Calcutta medical institutions reports 1871-78
Year: 1871
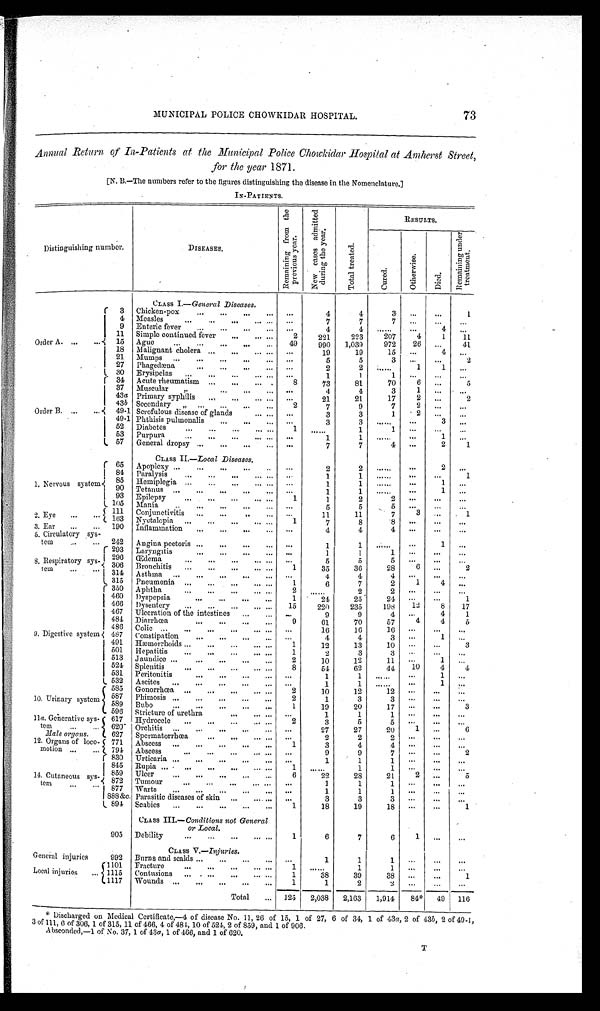
73
MUNICIPAL POLICE CHOWKIDAR HOSPITAL.
Annual Return of In-Patients at the Municipal Police Chowkidar Hospital at Amherst Street,
for the year 1871.
[N. B.—The numbers refer to the figures distinguishing the disease in the Nomenclature.]
IN-PATIENTS.
Distinguishing number.
DISEASES.
R e m a i n i n g f r o m t h e
p r e v i o u s y e a r .
N e w c a s e s a d mi t t e d
d u r i n g t h e y e a r .
T o t a l t r e a t e d .
RESULTS.
C u r e d .
O t h e r w i s e .
D i e d .
R e m a i n i n g u n d e r
t r e a t m e n t .
CLASS I.—General Diseases.
4
3
... ...
4
1
Order A. ... ...
3 Chicken-pox
... ... ... ... ...
4 Measles
... ... ... ...
...
...
7
7
7
... ... ...
9 Enteric fever
...
...
...
... ...
4
4
... ... ...
4
...
11 Simple continued fever
...
... ...
2
221
223
207
4
1
11
972
15 Ague
... ... ... ... ...
49
990
1,039
26
...
41
18 Malignant cholera
... ...
... ...
...
19
19
15
...
4
...
21 Mumps
...
...
...
...
...
...
5
5
3
... ...
2
27 Phagedæna
... ... ... ... ...
2
2
...
1
1
...
30 Erysipelas ...
...
...
... ...
...
1
1
1
... ... ...
70
Order B. ...
...
34 Acute rheumatism ...
...
... .
8
73
81
6
...
5
37 Muscular
,. ...
... ... ...
4
4
3
1
...
...
2
43a Primary syphilis
... ... ...
...
...
21
21
17
...
2
2
43b Secondary
„ ...
... ...
2
7
9
7
.
... ...
2
49-1 Scrofulous disease of glands
... ... ...
3
3
1
... ...
3
...
49-1 Phthisis pulmonalis
...
...
... ...
3
3
... ...
52 Diabetes
... ... ... ... ...
1
...
1
1
... ... ...
53 Purpura
... ... ... ... ... ...
1
1
... ...
1
...
57 General dropsy ...
...
...
...
... ...
7
7
4
...
2
1
CLASS 11.—Local Diseases.
1. Nervous system
65 Apoplexy ...
...
... ...
..
...
2
2
... ... ...
...
84 Paralysis
...
...
...
... ...
...
1
1
... ... ... ...
1
85
Hemiplegia ...
...
... ... ... ...
1
1
... ... ...
1
...
90 Tetanus
...
...
... ... ... ...
1
1
... ... ...
1
...
93 Epilepsy
...
...
...
... ...
1
1
2
2
... ... ...
105 Mania
..
... ... ..
.
... ...
5
5
5
... ... ...
3
5
2. Eye ...
...
111 Conjunctivitis ...
...
. .
... ...
11
11
7
...
1
103 Nyetalopia ...
...
...
...
...
1
7
8
3. Ear
...
... 190 inflammation
...
...
...
...
...
4
4
4
... ... ...
5. Circulatory sys-
tem
...
... 242 Angina pectoris ...
...
...
...
...
1
1
... ... ...
1
...
8 . R e s p i r a t o r s y s - t e m
293 Laryngitis
...
...
... ... ...
1
1
1
... ... ...
296 Œdema
... ... ... ... ... ...
5
5
5
... ... ...
306 Bronchitis
... ...
...
... ...
1
35
36
28
6
...
2
314 Asthma ...
...
... ... ... ...
4
4
4
... ... ...
315 Pneumonia ...
...
...
...
...
1
6
7
2
1
4
...
9. Digestive system
350 Aphtha
... ... ... ... ...
2
... ...
2
2
... ... ...
460 Dyspepsia
...
...
...
...
1
24
25
2 4
... ...
1
466 Dysentery
... ...
... ... ...
1 5
220
235
198
12
8
17
467 Ulceration of the intestines
...
... ...
9
9
4
...
4
1
484 Diarrhœa
...
...
... ...
9
61
70
57
4
4
5
486 Colic ...
...
...
... ... ... ...
16
16
1 6
... ... ...
487 Constipation
...
...
...
...
...
4
4
3
...
1 ...
491
H æ m o r r h o i d s
... ... ... ... ...
1
12
13
10
... ...
3
501 Hepatitis
...
...
...
... ...
1
2
3
3
... ... ...
513 Jaundice ...
...
...
... ...
2
10
12
11
...
1
...
524 Splenitis
... ... ... ... ...
8
54
62
44
10
4
4
531 Peritonitis
...
...
...
... ...
1
1
... ...
1
...
532 Ascites ...
...
...
...
...
...
1
1
... ... ...
1
...
10.Urinary system
585 Gonorrhœa
... ... ... ...
...
2
10
12
1 2
... ... ...
587
p h i m o s i s . . .
..
...
...
...
2
1
3
3
... ... ...
3
589
Bobo
... ... ... ... ...
1
10
20
596 Stricture of urethra
... ..
.
...
...
1
1
11a. Generative
system ...
...
617 Hydrocele
. . . . . . . . . . . . . . .
2
3
5
5
..
.
..
.
...
6
620 Orchitis ...
...
...
...
...
...
2 7
27
2 0
1
...
Male organs.
627 Spermatorrhœa
... ... ... ... ...
2
2 2
..
.
..
.
..
.
12. Organs of loco-
motion ...
...
771 Abscess ...
...
...
...
...
1
3
4
4
..
.
..
.
..
.
794 Abscess
...
...
...
... ...
...
9
9
7
..
.
...
2
1 4 . C u t a n e o u s s y s -
tem
..
.
..
.
830 Urticaria ...
...
...
...
... ...
1
1
1
..
.
..
.
..
.
845 Rupia ...
...
...
... ...
1
..
. . . .
1
1
..
.
..
.
...
2
5
859 Ulcer
...
...
...
...
...
6
22
23
21
...
872 Tumour
...
...
...
... ...
...
1
1
1
..
.
..
.
..
.
877 Warts
...
...
...
...
... ...
1
1
1
... ..
.
...
888 &c. Parasitic diseases of skin
...
....
...
3
3
3
..
.
..
.
..
.
1
894 Scabies ...
...
...
...
...
1
18
19
18
... ...
CLASS III .—Conditions not General
or Local.
905 Debility
...
...
...
... ...
1
6
7
6
1
... ...
CLASS V.—Injuries.
General injuries
992 Burns and scalds ...
...
...
... ...
1
1
1
..
.
..
.
..
.
1101 Fracture
...
...
...
... ...
1
..
. . . .
1
1
... ..
.
...
38
1
39
Local injuries
... 1115
t
Contusions ...
..
.
... ..
.
...
1
38
...
...
1117 Wounds ...
... ...
...
...
1
1
2
2
..
.
..
.
...
Total
... 125
2,038
2,163
1,914
‫٭48‬ 49 116
‫٭‬ Discharged on Medical Certificate,—4 of disease No. 11, 26 of 15, 1 of 27, 6 of 34, 1 of 43a, 2 of 43b, 2 of 49-1,
3 of 111, 6 of 306, 1 of 315, 11 of 466, 4 of 484, 10 of 524, 2 of 859, and 1 of 906.
Absconded,—1 of No. 37, 1 of 43a, 1 of 466, and 1 of 620.